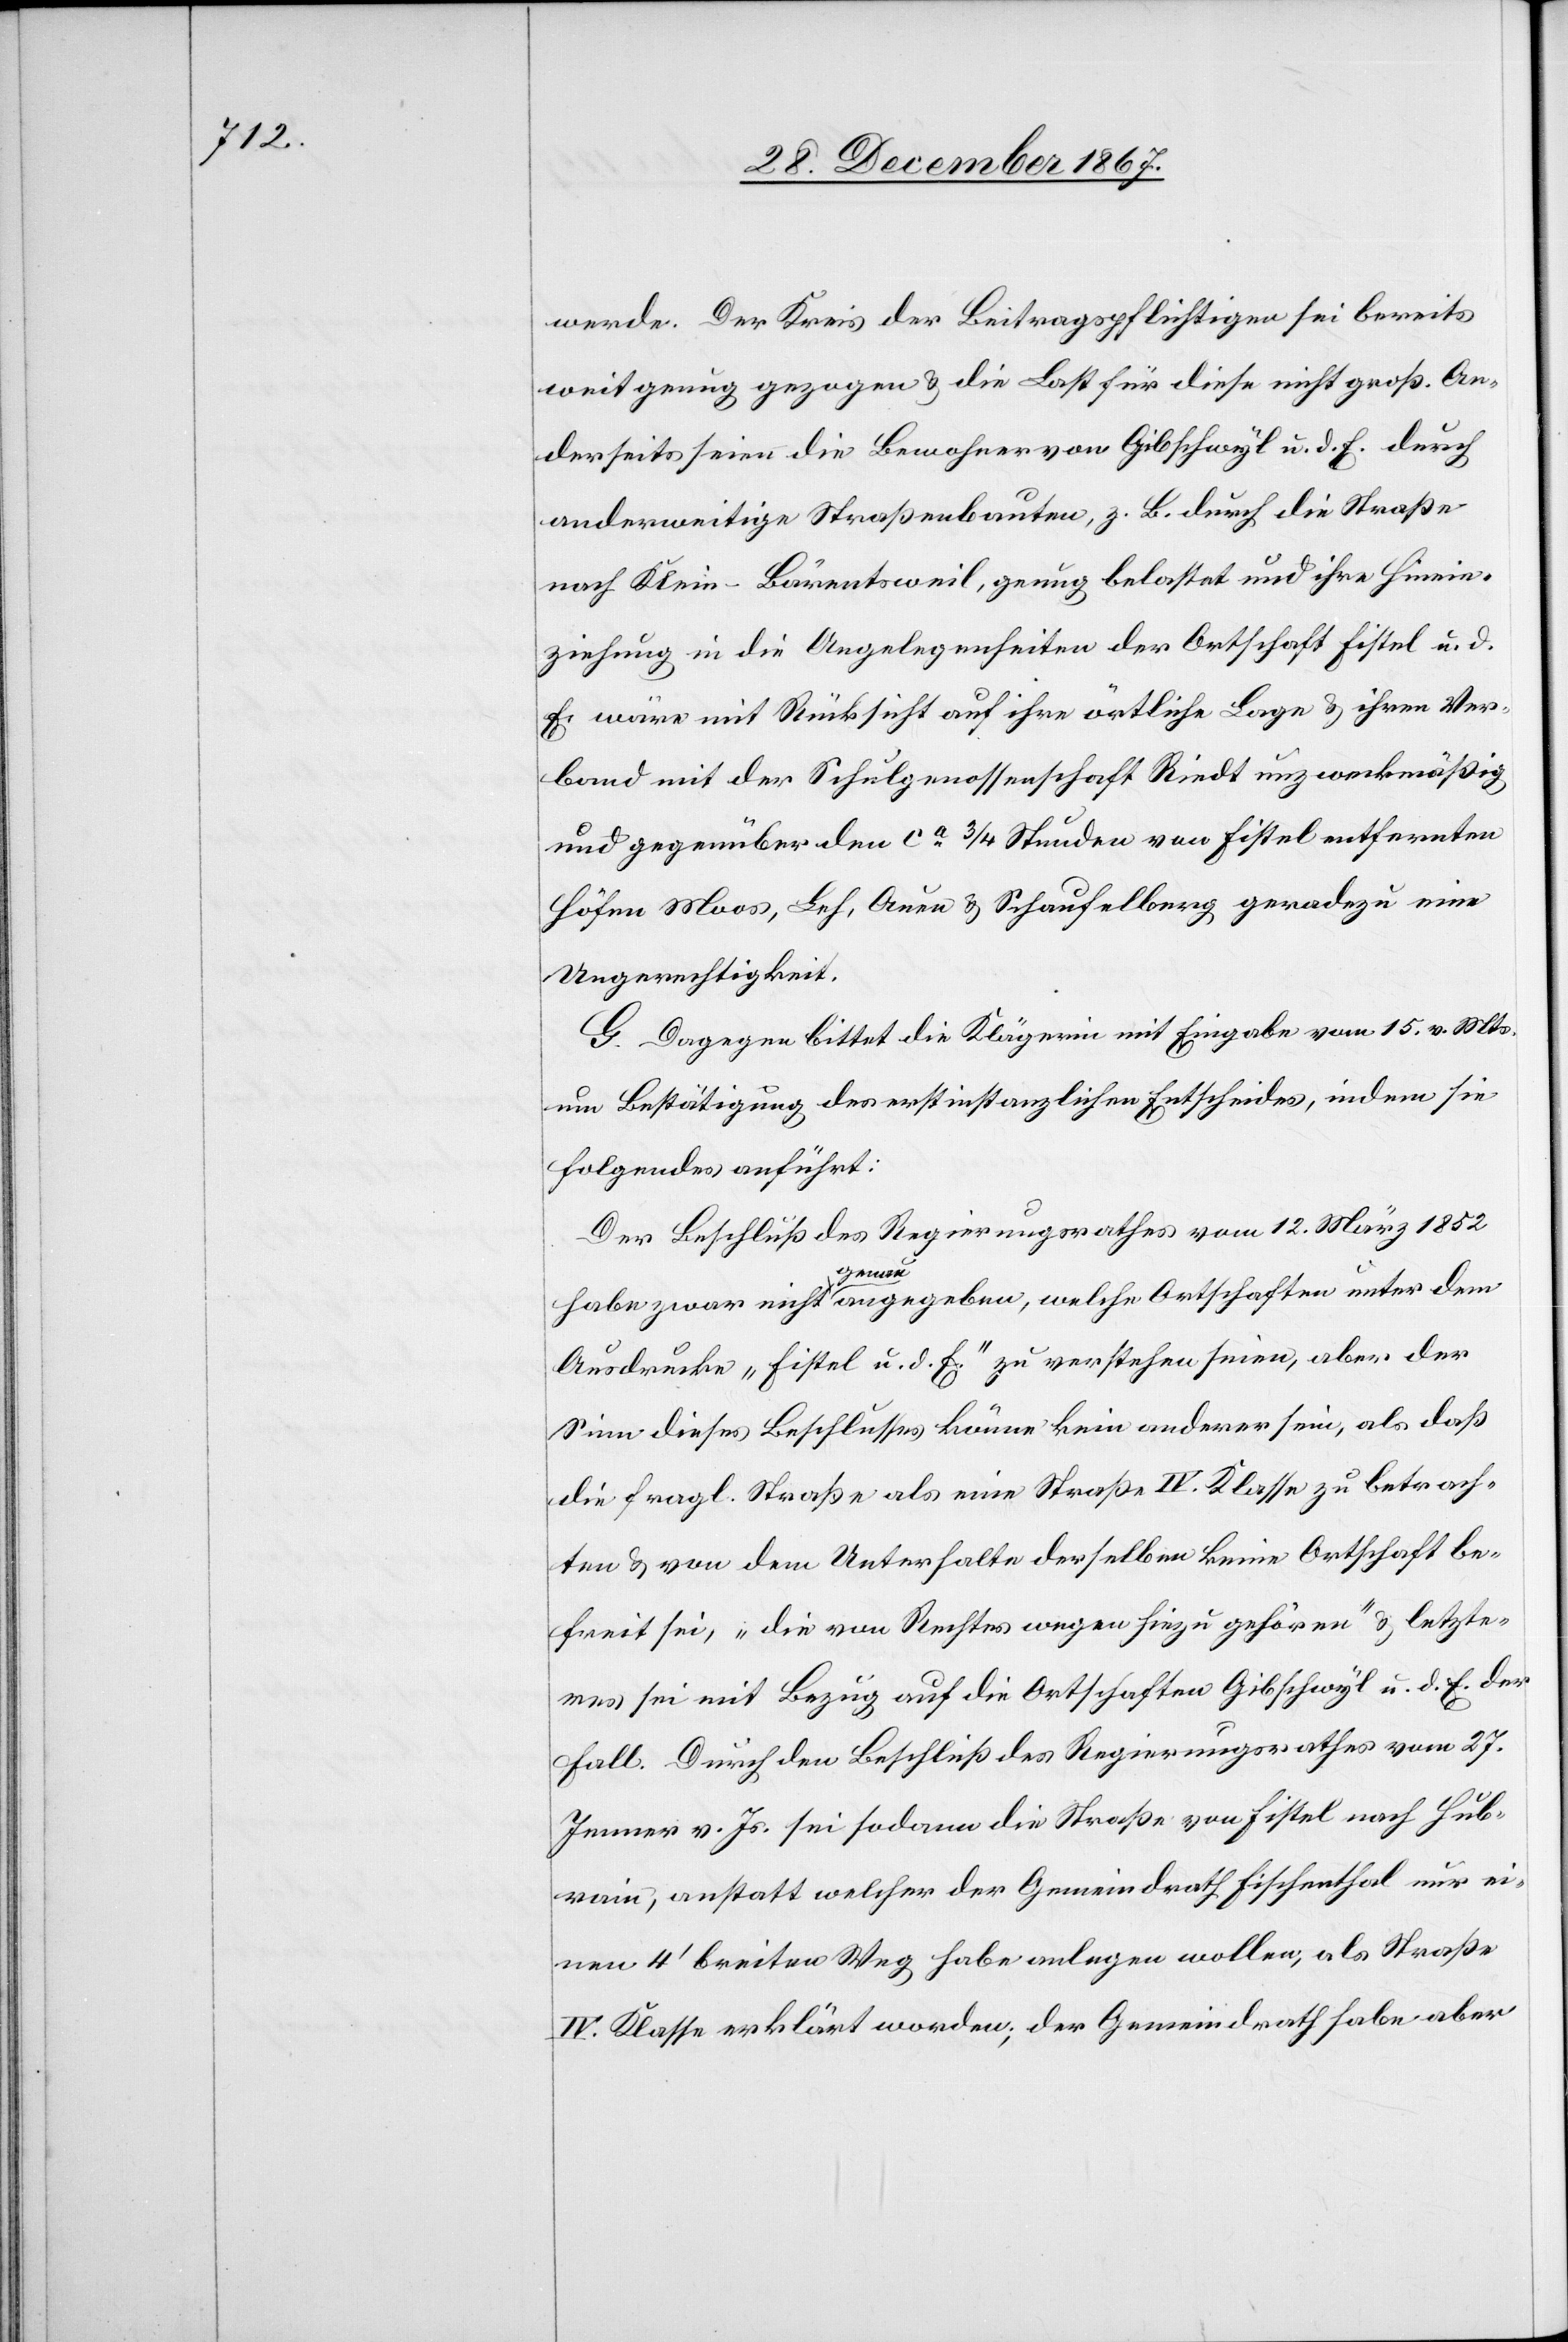
werde. Der Kreis der Beitragspflichtigen sei bereits
weit genug gezogen u. die Last für diese nicht groß. An¬
derseits seien die Bewohner von Gibschwyl u. d. E. durch
anderweitige Straßenbauten, z. B. durch die Straße
nach Klein-Bärentsweil, genug belastet und ihre Hinein¬
ziehung in die Angelegenheiten der Ortschaft Fistel u. d..
E. wäre mit Rücksicht auf ihre örtliche Lage u. ihren Ver¬
band mit der Schulgenossenschaft Riedt unzweckmäßig
und gegenüber den ca ¾ Stunden von Fistel entfernten
Höfen Moos, Leh, Auen u. Schaufelberg geradezu eine
Ungerechtigkeit.
G. Dagegen bittet die Klägerin mit Eingabe vom 15. v. Mts
um Bestätigung des erstinstanzlichen Entscheides, indem sie
folgendes anführt:
Der Beschluß des Regierungsrathes vom 12. März 1852
habe zwar nicht genau angegeben, welche Ortschaften unter dem
Ausdrucke „Fistel u. d. E.“ zu verstehen seien, aber der
Sinn dieses Beschlusses könne kein anderer sein, als daß
die fragl. Straße als eine Straße IV. Klasse zu betrach¬
ten u. von dem Unterhalte derselben keine Ortschaft be¬
freit sei, „die von Rechtes wegen hiezu gehören“, u. letzte¬
res sei mit Bezug auf die Ortschaften Gibschwyl u. d. E. der
Fall. Durch den Beschluß des Regierungsrathes vom 27.
Jenner v. Js. sei sodann die Straße von Fistel nach Hub¬
rain, anstatt welcher der Gemeindrath Fischenthal nur ei¬
nen 4‘ breiten Weg habe anlegen wollen, als Straße
IV. Klasse erklärt worden; der Gemeindrath habe aber